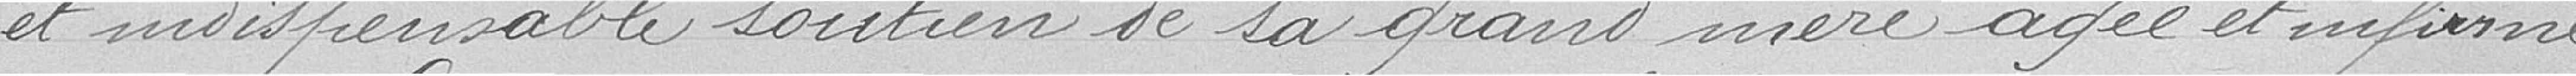
et indispensable soutien à la grand-mère, âgée et infirme